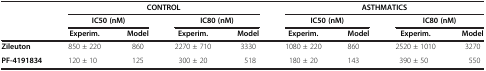
| <ROWSPAN=3>  | <COLSPAN=4> CONTROL | <COLSPAN=4> ASTHMATICS |
 | <COLSPAN=2> IC50 (nM) | <COLSPAN=2> IC80 (nM) | <COLSPAN=2> IC50 (nM) | <COLSPAN=2> IC80 (nM) |
 | Experim. | Model | Experim. | Model | Experim. | Model | Experim. | Model |
 | --- | --- | --- | --- | --- | --- | --- | --- | --- |
 | Zileuton | 850 ± 220 | 860 | 2270 ± 710 | 3330 | 1080 ± 220 | 860 | 2520 ± 1010 | 3270 |
 | PF-4191834 | 120 ± 10 | 125 | 300 ± 20 | 518 | 180 ± 20 | 143 | 390 ± 50 | 550 |